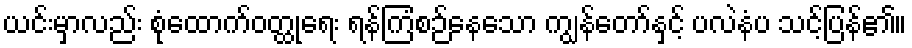
ယင်းမှာလည်း စုံထောက်ဝတ္ထုရေး ရန်ကြံစဉ်နေသော ကျွန်တော်နှင့် ပလဲနံပ သင့်ပြန်၏။